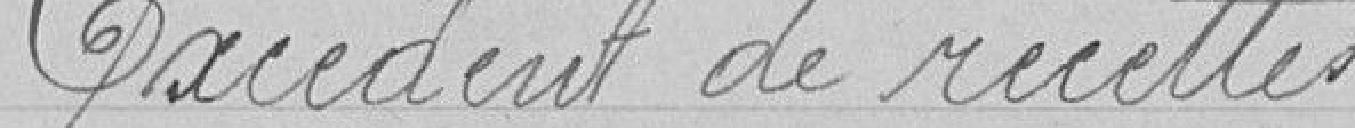
Excédent de recettes